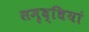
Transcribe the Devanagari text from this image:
समृद्धियां